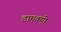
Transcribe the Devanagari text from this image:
डाएक्यो